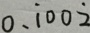
0 . \dot { 1 } 0 0 \dot { 2 }